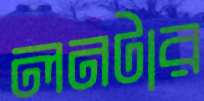
লনটার